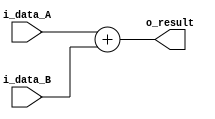
`timescale 1ns / 1ps

//////////////////////////////////////////////////////////////////////////////////////////////////
// Trabajo Practico Nro. 4. MIPS.
// Adder signed.
// Integrantes: Kleiner Matias, Lopez Gaston.
// Materia: Arquitectura de Computadoras.
// FCEFyN. UNC.
// Anio 2019.
//////////////////////////////////////////////////////////////////////////////////////////////////


module adder_signed
   #(
       parameter INPUT_OUTPUT_LENGTH = 11
   )
   (
       input [INPUT_OUTPUT_LENGTH - 1 : 0] i_data_A,
       input signed [INPUT_OUTPUT_LENGTH - 1 : 0] i_data_B,
       output reg [INPUT_OUTPUT_LENGTH - 1 : 0] o_result
   );

  always@(*) begin
    o_result = i_data_A + i_data_B;
  end

endmodule